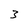
Character: 3